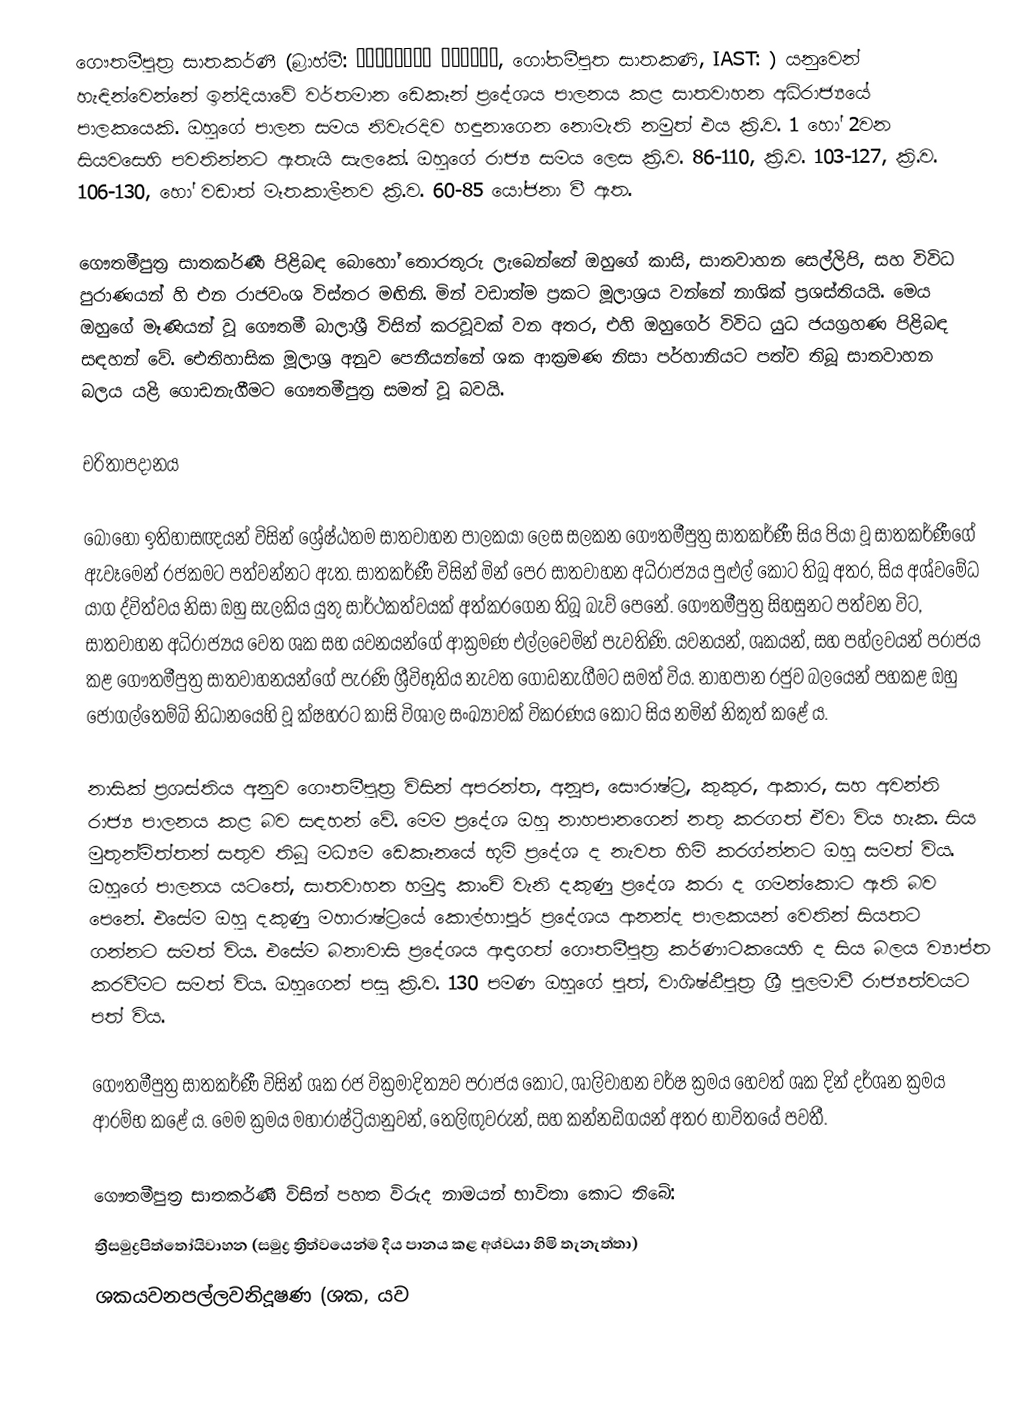
ගෞතමීපුත්‍ර සාතකර්ණී (බ්‍රාහ්මී: 𑀕𑁄𑀢𑀫𑀺𑀧𑀼𑀢 𑀲𑀸𑀢𑀓𑀡𑀺, ගෝතමීපුත සාතකණි, IAST: ) යනුවෙන් හැඳින්වෙන්නේ ඉන්දියාවේ වර්තමාන ඩෙකෑන් ප්‍රදේශය පාලනය කළ සාතවාහන අධිරාජ්‍යයේ පාලකයෙකි. ඔහුගේ පාලන සමය නිවැරදිව හඳුනාගෙන නොමැති නමුත් එය ක්‍රි.ව. 1 හෝ 2වන සියවසෙහි පවතින්නට ඇතැයි සැලකේ. ඔහුගේ රාජ්‍ය සමය ලෙස ක්‍රි.ව. 86-110, ක්‍රි.ව. 103-127, ක්‍රි.ව. 106-130, හෝ වඩාත් මෑතකාලීනව ක්‍රි.ව. 60-85 යෝජනා වී ඇත.

ගෞතමීපුත්‍ර සාතකර්ණී පිළිබඳ බොහෝ තොරතුරු ලැබෙන්නේ ඔහුගේ කාසි, සාතවාහන සෙල්ලිපි, සහ විවිධ පුරාණයන් හි එන රාජවංශ විස්තර මඟිනි. මින් වඩාත්ම ප්‍රකට මූලාශ්‍රය වන්නේ නාශික් ප්‍රශස්තියයි. මෙය ඔහුගේ මෑණියන් වූ ගෞතමී බාලාශ්‍රී විසින් කරවූවක් වන අතර, එහි ඔහුගෙර් විවිධ යුධ ජයග්‍රහණ පිළිබඳ සඳහන් වේ. ඓතිහාසික මූලාශ්‍ර අනුව පෙනීයන්නේ ශක ආක්‍රමණ නිසා පර්හානියට පත්ව තිබූ සාතවාහන බලය යළි ගොඩනැගීමට ගෞතමීපුත්‍ර සමත් වූ බවයි.

චරිතාපදානය

බොහෝ ඉතිහාසඥයන් විසින් ශ්‍රේෂ්ඨතම සාතවාහන පාලකයා ලෙස සලකන ගෞතමීපුත්‍ර සාතකර්ණී සිය පියා වූ සාතකර්ණීගේ ඇවෑමෙන් රජකමට පත්වන්නට ඇත. සාතකර්ණී විසින් මින් පෙර සාතවාහන අධිරාජ්‍යය පුළුල් කොට තිබූ අතර, සිය අශ්වමේධ යාග ද්විත්වය නිසා ඔහු සැලකිය යුතු  සාර්ථකත්වයක් අත්කරගෙන තිබූ බැව් පෙනේ. ගෞතමීපුත්‍ර සිහසුනට පත්වන විට, සාතවාහන අධිරාජ්‍යය වෙත ශක සහ යවනයන්ගේ ආක්‍රමණ එල්ලවෙමින් පැවතිණි. යවනයන්, ශකයන්, සහ පහ්ලවයන් පරාජය කළ ගෞතමීපුත්‍ර සාතවාහනයන්ගේ පැරණි ශ්‍රීවිභූතිය නැවත ගොඩනැගීමට සමත් විය. නාහපාන රජුව බලයෙන් පහකළ ඔහු ජොගල්තෙම්බි නිධානයෙහි වූ ක්ෂහරට කාසි විශාල සංඛ්‍යාවක් විකරණය කොට සිය නමින් නිකුත් කළේ ය.

නාසික් ප්‍රශස්තිය අනුව ගෞතමීපුත්‍ර විසින් අපරන්ත, අනූප, සෞරාෂ්ට්‍ර, කුකුර, ආකාර, සහ අවන්ති රාජ්‍ය පාලනය කළ බව සඳහන් වේ. මෙම ප්‍රදේශ ඔහු නාහපානගෙන් නතු කරගත් ඒවා විය හැක. සිය මුතුන්මිත්තන් සතුව තිබූ මධ්‍යම ඩෙකෑනයේ භූමි ප්‍රදේශ ද නැවත හිමි කරග්න්නට ඔහු සමත් විය. ඔහුගේ පාලනය යටතේ, සාතවාහන හමුදා කාංචි වැනි දකුණු ප්‍රදේශ කරා ද ගමන්කොට ඇති බව පෙනේ. එසේම ඔහු දකුණු මහාරාෂ්ට්‍රයේ කොල්හාපූර් ප්‍රදේශය ආනන්ද පාලකයන් වෙතින් සියතට ගන්නට සමත් විය. එසේම බනාවාසි ප්‍රදේශය ඈඳාගත් ගෞතමීපුත්‍ර කර්ණාටකයෙහි ද සිය බලය ව්‍යාප්ත කරවීමට සමත් විය. ඔහුගෙන් පසු ක්‍රි.ව. 130 පමණ ඔහුගේ පුත්, වාශිෂ්ඨීපුත්‍ර ශ්‍රී පුලමාවී රාජ්‍යත්වයට පත් විය.

ගෞතමීපුත්‍ර සාතකර්ණී විසින් ශක රජ වික්‍රමාදිත්‍යව පරාජය කොට, ශාලිවාහන වර්ෂ ක්‍රමය හෙවත් ශක දින් දර්ශන ක්‍රමය ආරම්භ කළේ ය. මෙම ක්‍රමය මහාරාෂ්ට්‍රියානුවන්, තෙලිඟුවරුන්, සහ කන්නඩිගයන් අතර භාවිතයේ පවතී.

ගෞතමීපුත්‍ර සාතකර්ණී විසින් පහත විරුද නාමයන් භාවිතා කොට තිබේ:
 ත්‍රීසමුද්‍රපිත්තෝයිවාහන (සමුද්‍ර ත්‍රිත්වයෙන්ම දිය පානය කළ අශ්වයා හිමි තැනැත්තා)
 ශකයවනපල්ලවනිදූෂණ (ශක, යව